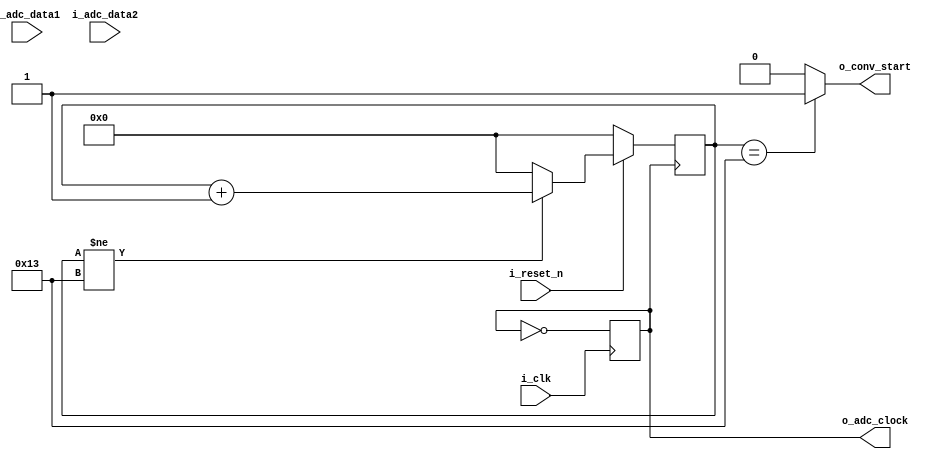
module ADS8361
(
    input   i_clk,
    input   i_reset_n,
    input   i_adc_data1,
    input   i_adc_data2,
    output  o_conv_start,
    output  reg o_adc_clock
);
    
 reg [4:0] counter;//Counter to count number of clocks elapsed
 reg [7:0] clock_counter; //counter used for main clock division to ADC_Clock
 reg [15:0] channel_A_Data;
 reg [15:0] channel_B_Data;
 reg channel_A_Enable, channel_B_Enable;
 
 localparam IDLE = 'd0, //local parameter declaration
            GET_CHANNEL = 'd1,
            ENABLE_CHA = 'd2,
            ENABLE_CHB = 'd3,
            GetData = 'd4;
 
 reg [2:0] state;
 
always @(posedge i_clk)
begin 
    if(!i_reset_n)
    begin
        clock_counter <= 0;
    end 
    if(clock_counter != 4)
        clock_counter <= clock_counter + 1;
    else
        clock_counter <= 0;
end

/*
initial 
    o_adc_clock <= 0;

always @(posedge i_clk)
begin
    if(!i_reset_n)
    begin
        o_adc_clock <= 0;
    end
    if(i_reset_n && clock_counter == 4)
        o_adc_clock <= ~o_adc_clock;
end
*/

always @(posedge i_clk)
begin
    o_adc_clock = ~o_adc_clock;
end

always @(posedge o_adc_clock)
begin
    if(!i_reset_n)
    begin
        state <= IDLE;
        channel_A_Enable <= 1'b0;
        channel_B_Enable <= 1'b0;
    end
    else
    begin
        case(state)
            IDLE:begin
                if(o_conv_start)
                    state <= GET_CHANNEL;
            end
            GET_CHANNEL:begin
                if(i_adc_data1 == 1'b1)
                    state <= ENABLE_CHA;
                
                else
                    state <= ENABLE_CHB;
            end
            ENABLE_CHA:begin
                channel_A_Enable <= 1'b1;
                state <= GetData;
            end
           ENABLE_CHB:begin
                channel_B_Enable <= 1'b1;
                state <= GetData;
            end
            GetData:begin
                if(counter == 'd16)
                begin
                    channel_A_Enable <= 1'b0;
                    channel_B_Enable <= 1'b0;
                    state <= IDLE;
                end
            end
        endcase
    end
 end
 
 always @(posedge o_adc_clock)
 begin
 if(!i_reset_n)
    channel_A_Data <= 'd0;
 else if(channel_A_Enable)
    channel_A_Data <= {channel_A_Data[14:0],i_adc_data1}; 
 end
    
    
    
 always @(posedge o_adc_clock)
 begin
 if(!i_reset_n)
    channel_B_Data <= 'd0;
 else if(channel_B_Enable)
    channel_B_Data <= {channel_B_Data[14:0],i_adc_data1};
 end
    
 
 assign o_conv_start = (counter==19) ? 1'b1 : 1'b0;
 
 always @(negedge o_adc_clock)
 begin
    if(!i_reset_n)
        counter <= 5'd0;
    else
    begin
        if(counter != 19)
            counter <= counter + 1'b1;
        else
            counter <= 5'd0;
    end
  end
 
    
endmodule